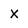
Character: X